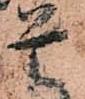
是